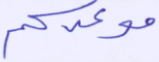
موعدكم